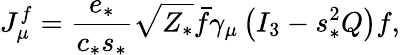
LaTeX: J_{\mu}^{f}={\frac{e_{*}}{c_{*}s_{*}}}\sqrt{Z_{*}}{\bar{f}}\gamma_{\mu}\left(I_{3}-s_{*}^{2}Q\right)f,